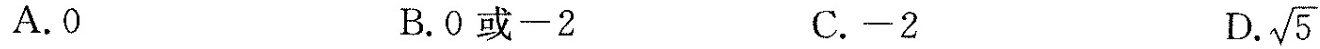
A.0 B.0或-2 C.-2 D.\sqrt{5}